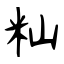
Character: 籼